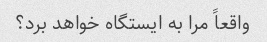
واقعاً مرا به ایستگاه خواهد برد؟